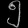
Digit: ၅